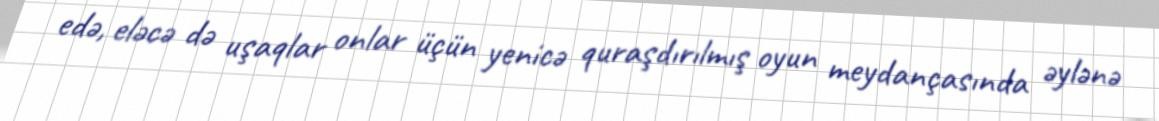
edə, eləcə də uşaqlar onlar üçün yenicə quraşdırılmış oyun meydançasında əylənə